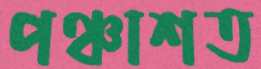
পঞ্চাশত